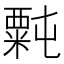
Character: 𫃉